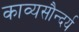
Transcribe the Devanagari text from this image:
काव्यसौन्दर्य